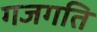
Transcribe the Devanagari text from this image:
गजगति